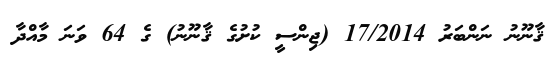
ޤާނޫނު ނަންބަރު 17/2014 (ޖިންސީ ކުށުގެ ޤާނޫނު) ގެ 64 ވަނަ މާއްދާ